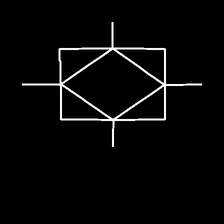
Glyph: light